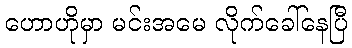
ဟောဟိုမှာ မင်းအမေ လိုက်ခေါ်နေပြီ